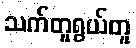
သက်တူရွယ်တူ